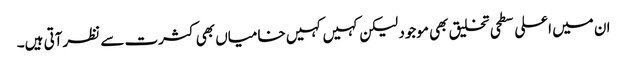
ان میں اعلی سطحی تخلیق بھی موجود لیکن کہیں کہیں خامیاں بھی کثرت سے نظرآتی ہیں۔